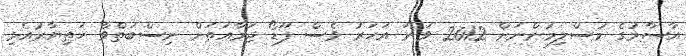
އާސާމުގެ މުސްލިމުންނަށް 2012 ވަނަ އަހަރު ވެސް ޕޫޑޯ ޖަމާއަތަށް ނިސްބަތްވާ ހަތިޔާރުއެޅި